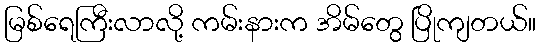
မြစ်ရေကြီးလာလို့ ကမ်းနားက အိမ်တွေ ပြိုကျတယ်။